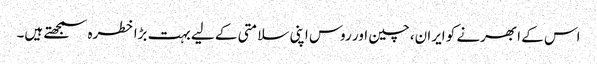
اس کے ابھرنے کو ایران، چین اور روس اپنی سلامتی کے لیے بہت بڑا خطرہ سمجھتے ہیں۔